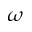
\omega